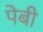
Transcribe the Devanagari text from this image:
पेबी